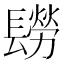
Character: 𨲮